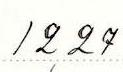
12,27